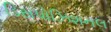
ડિસપોઝિશનલ